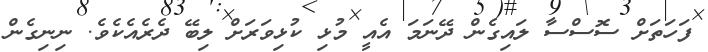
ފަހަތަށް ސޮސްސާ ލައިގެން ދޭނަމަ އެއީ މުޅި ކުޅިވަރަށް ލިބޭ ދެރެއެކެވެ. ނިނިގެން